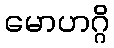
မောဟဂ္ဂိ